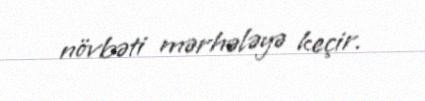
növbəti mərhələyə keçir.